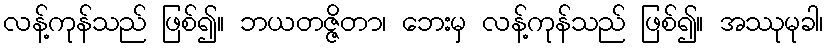
လန့်ကုန်သည် ဖြစ်၍။ ဘယတဇ္ဇိတာ၊ ဘေးမှ လန့်ကုန်သည် ဖြစ်၍။ အဿုမုခါ၊